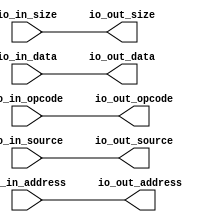
// Copyright (c) 2019, Microchip Corporation
// All rights reserved.
//
// Redistribution and use in source and binary forms, with or without
// modification, are permitted provided that the following conditions are met:
//     * Redistributions of source code must retain the above copyright
//       notice, this list of conditions and the following disclaimer.
//     * Redistributions in binary form must reproduce the above copyright
//       notice, this list of conditions and the following disclaimer in the
//       documentation and/or other materials provided with the distribution.
//     * Neither the name of the <organization> nor the
//       names of its contributors may be used to endorse or promote products
//       derived from this software without specific prior written permission.
//
// THIS SOFTWARE IS PROVIDED BY THE COPYRIGHT HOLDERS AND CONTRIBUTORS "AS IS" AND
// ANY EXPRESS OR IMPLIED WARRANTIES, INCLUDING, BUT NOT LIMITED TO, THE IMPLIED
// WARRANTIES OF MERCHANTABILITY AND FITNESS FOR A PARTICULAR PURPOSE ARE
// DISCLAIMED. IN NO EVENT SHALL MICROSEMI CORPORATIONM BE LIABLE FOR ANY
// DIRECT, INDIRECT, INCIDENTAL, SPECIAL, EXEMPLARY, OR CONSEQUENTIAL DAMAGES
// (INCLUDING, BUT NOT LIMITED TO, PROCUREMENT OF SUBSTITUTE GOODS OR SERVICES;
// LOSS OF USE, DATA, OR PROFITS; OR BUSINESS INTERRUPTION) HOWEVER CAUSED AND
// ON ANY THEORY OF LIABILITY, WHETHER IN CONTRACT, STRICT LIABILITY, OR TORT
// (INCLUDING NEGLIGENCE OR OTHERWISE) ARISING IN ANY WAY OUT OF THE USE OF THIS
// SOFTWARE, EVEN IF ADVISED OF THE POSSIBILITY OF SUCH DAMAGE.
//
// APACHE LICENSE
// Copyright (c) 2019, Microchip Corporation 
//
// Licensed under the Apache License, Version 2.0 (the "License");
// you may not use this file except in compliance with the License.
// You may obtain a copy of the License at
//
//    http://www.apache.org/licenses/LICENSE-2.0
//
// Unless required by applicable law or agreed to in writing, software
// distributed under the License is distributed on an "AS IS" BASIS,
// WITHOUT WARRANTIES OR CONDITIONS OF ANY KIND, either express or implied.
// See the License for the specific language governing permissions and
// limitations under the License.
//
// Description:
//
// SVN Revision Information:
// SVN $Revision: $
// SVN $Date: $
//
// Resolved SARs
// SAR      Date     Who   Description
//
// Notes:
//
// ****************************************************************************/
`ifndef RANDOMIZE_REG_INIT 
	 `define RANDOMIZE_REG_INIT 
 `endif
`ifndef RANDOMIZE_MEM_INIT 
	 `define RANDOMIZE_MEM_INIT 
 `endif
`ifndef RANDOMIZE 
	 `define RANDOMIZE 
`endif

`timescale 1ns/10ps
module MIV_RV32IMAF_L1_AHB_C0_MIV_RV32IMAF_L1_AHB_C0_0_MIV_RV32IMAF_L1_AHB_IDENTITY_MODULE( // @[:freechips.rocketchip.system.MivRV32ImafL1AhbConfig.fir@49.2]
  input  [2:0]  io_in_opcode, // @[:freechips.rocketchip.system.MivRV32ImafL1AhbConfig.fir@52.4]
  input  [3:0]  io_in_size, // @[:freechips.rocketchip.system.MivRV32ImafL1AhbConfig.fir@52.4]
  input  [2:0]  io_in_source, // @[:freechips.rocketchip.system.MivRV32ImafL1AhbConfig.fir@52.4]
  input  [31:0] io_in_address, // @[:freechips.rocketchip.system.MivRV32ImafL1AhbConfig.fir@52.4]
  input  [31:0] io_in_data, // @[:freechips.rocketchip.system.MivRV32ImafL1AhbConfig.fir@52.4]
  output [2:0]  io_out_opcode, // @[:freechips.rocketchip.system.MivRV32ImafL1AhbConfig.fir@52.4]
  output [3:0]  io_out_size, // @[:freechips.rocketchip.system.MivRV32ImafL1AhbConfig.fir@52.4]
  output [2:0]  io_out_source, // @[:freechips.rocketchip.system.MivRV32ImafL1AhbConfig.fir@52.4]
  output [31:0] io_out_address, // @[:freechips.rocketchip.system.MivRV32ImafL1AhbConfig.fir@52.4]
  output [31:0] io_out_data // @[:freechips.rocketchip.system.MivRV32ImafL1AhbConfig.fir@52.4]
);
  assign io_out_opcode = io_in_opcode;
  assign io_out_size = io_in_size;
  assign io_out_source = io_in_source;
  assign io_out_address = io_in_address;
  assign io_out_data = io_in_data;
endmodule